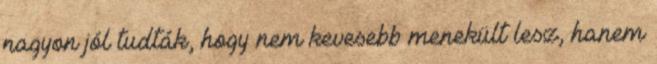
nagyon jól tudták, hogy nem kevesebb menekült lesz, hanem